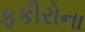
ફકીરોના